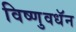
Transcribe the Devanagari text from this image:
विष्णुवधॅन